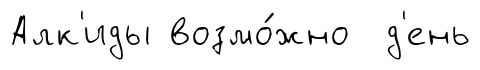
Алк'иды возмо́жно д'ень